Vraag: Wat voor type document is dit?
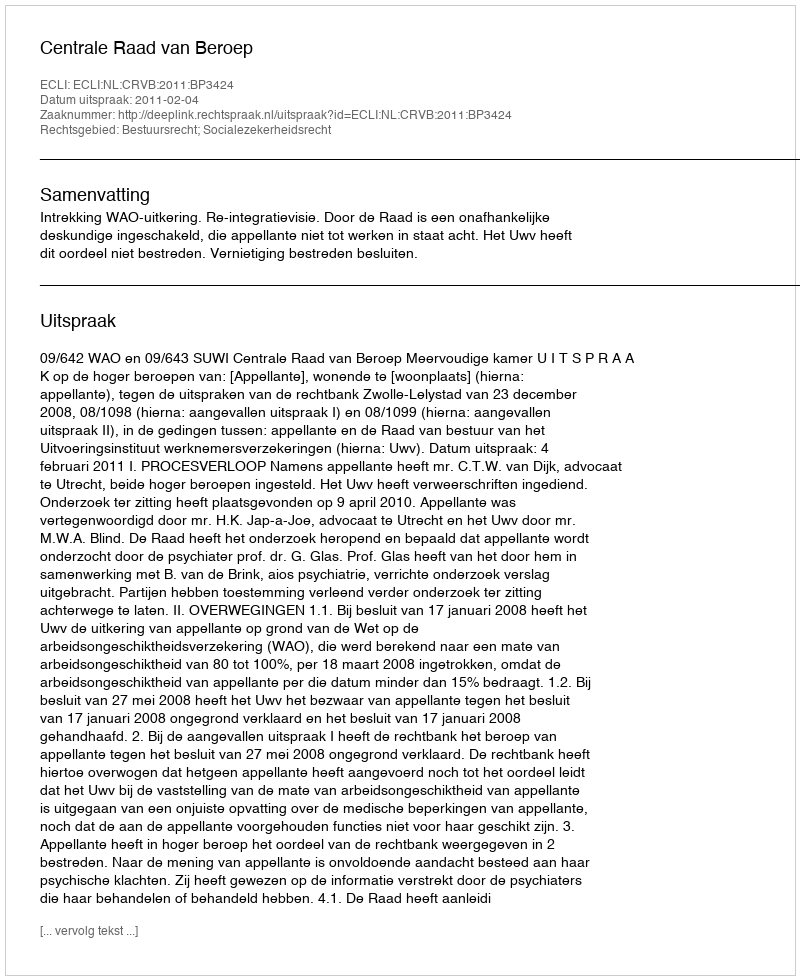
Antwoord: Uitspraak